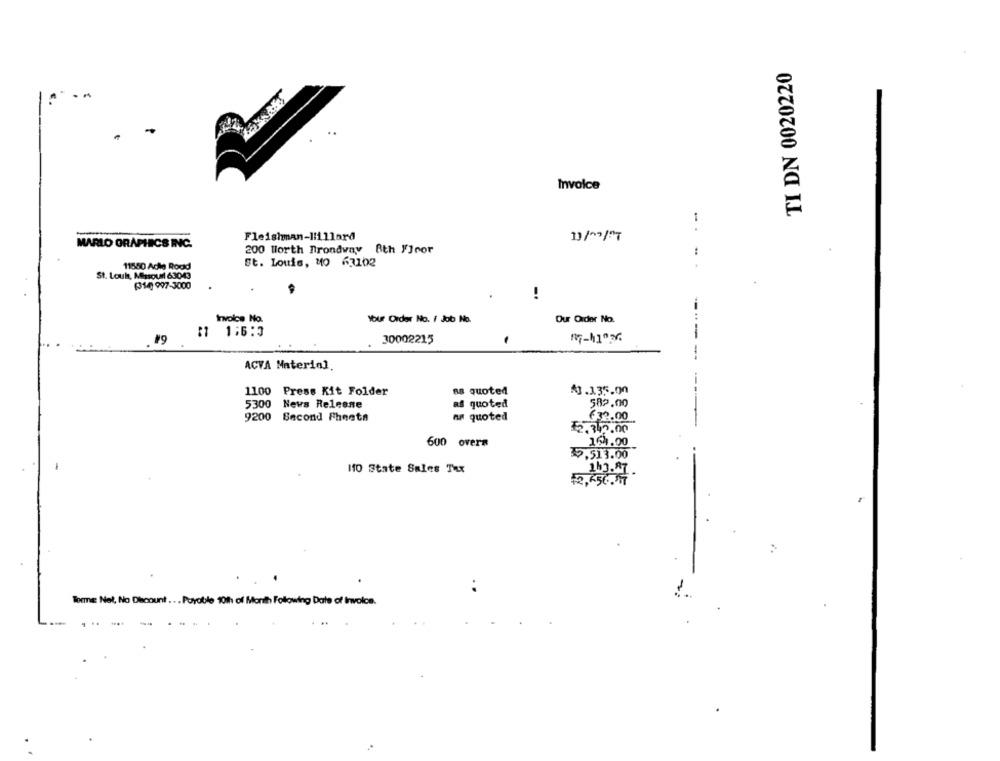
TI DN 0020220
Invoice
1
Fleishman-lillard
11/09/7
MARLO GRAPHICS INC.
200 Worth Trondway Bth Floor
11550 Acho Rood
St. Louis, MO 63102
St. Louis, Missouri 63043
(310) 997-3000
Invoice No.
Your Order No. / Job No.
Our Order No.
$1 1:6:3
-
#9
30002215
"7-h103
ACVA Material.
1100 Press Kit Folder
quoted
4.135.00
5300 News Release
as quoted
582.00
9200
Second Fheetn
quoted
€32.00
12.342.00
600 overa
164.00
$2,513.00
110 State Sales Thx
143.AT
12,456.17
TomE Nel, No Discount ... Payable 10th of Month Following Date of Invoice.
. ..
....
...